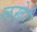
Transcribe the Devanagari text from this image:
लखेरी